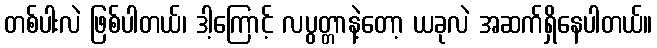
တစ်ပါးလဲ ဖြစ်ပါတယ်၊ ဒါ့ကြောင့် လပွတ္တာနဲ့တော့ ယခုလဲ အဆက်ရှိနေပါတယ်။